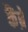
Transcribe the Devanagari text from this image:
कैंब्रे